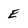
Character: E